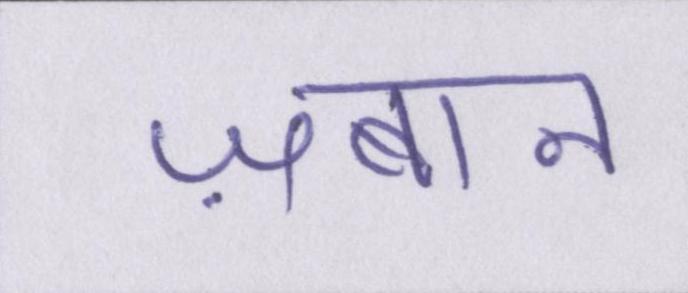
ज़बान